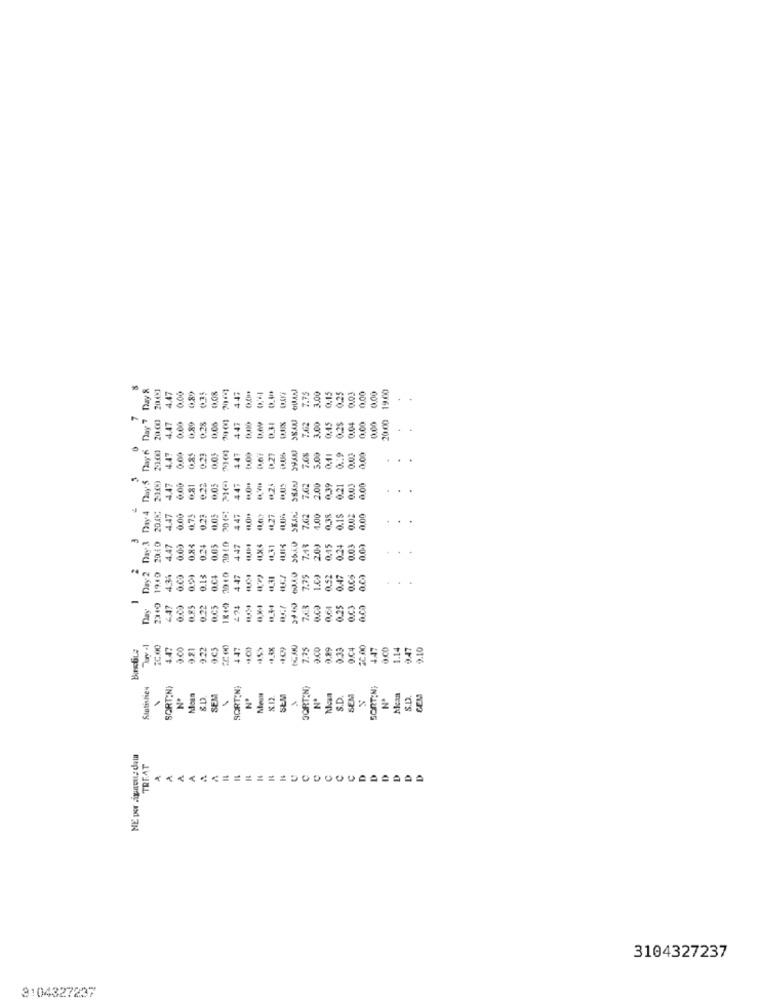
Day 7 Day 8
3.00
9.00
4.47
0.00
0.08
447
0.15
0.25
0.03
0.00
20.00
4.47
0.00
0.89
0.25
0.00
447
0.45
0.04
0.00
8
21:00
4.47
0.85
0.23
447
1.27
5.00
0.11
1 .. 9
0.03
0.00
. .
SSANJ
4.47
0,81
0.22
0.05
447
41,24
7.62
2.00
0.21
0,03
0.00
Day 2 Day 3 Day4
4.47
0.OÙ
0.75
0.23
0.05
447
41.27
SOLO SEIN
7.62
4.00
0.38
0.15
0.02
0.00
2010
4.47
0.8₺
0.24
0.05
447
41.31
7.43
2.0)
0.24
0.03
0.00
2
1910
4.34
0.09
0.0)
0.13
D.C4
447
7.75
1.09
0.0)
-
Day
0.05
0.22
LC5
2 74
7.63
0.25
O.C3
4.47
9.00
9.81
9.22
447
7.35
0.33
0.04
4.47
0.00
1.14
3.47
9.10
Sintistiey
SORT;N
SORT;N;
BORTIN)
SORT;N;
Nº
SEM
x.12.
SŁM
S.D.
SEM
Nº
S.D.
GEM
TREAT
3104327237
3104327237